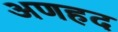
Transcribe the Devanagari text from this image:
अणहद